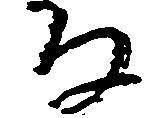
な